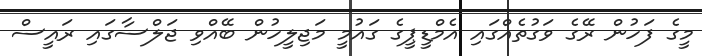
މީގެ ފަހުން ރޭގެ ވަގުތެއްގައި އެމްޑީޕީގެ ގައުމީ މަޖިލީހުން ބޭއްވި ޖަލްސާގައި ރައީސް